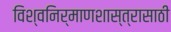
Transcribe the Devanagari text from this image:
विश्वनिर्माणशास्त्रासाठी